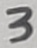
Text: 3